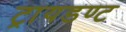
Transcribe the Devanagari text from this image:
ट्रायडण्ट